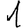
Digit: 1